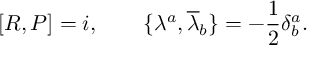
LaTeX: \lbrack R , P \rbrack = i , \qquad \lbrace \lambda ^ { a } , { \overline { { { \lambda } } } } _ { b } \rbrace = - \frac { 1 } { 2 } \delta _ { b } ^ { a } .